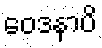
ဝေဒနာပိ